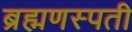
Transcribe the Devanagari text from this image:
ब्रह्मणस्पती